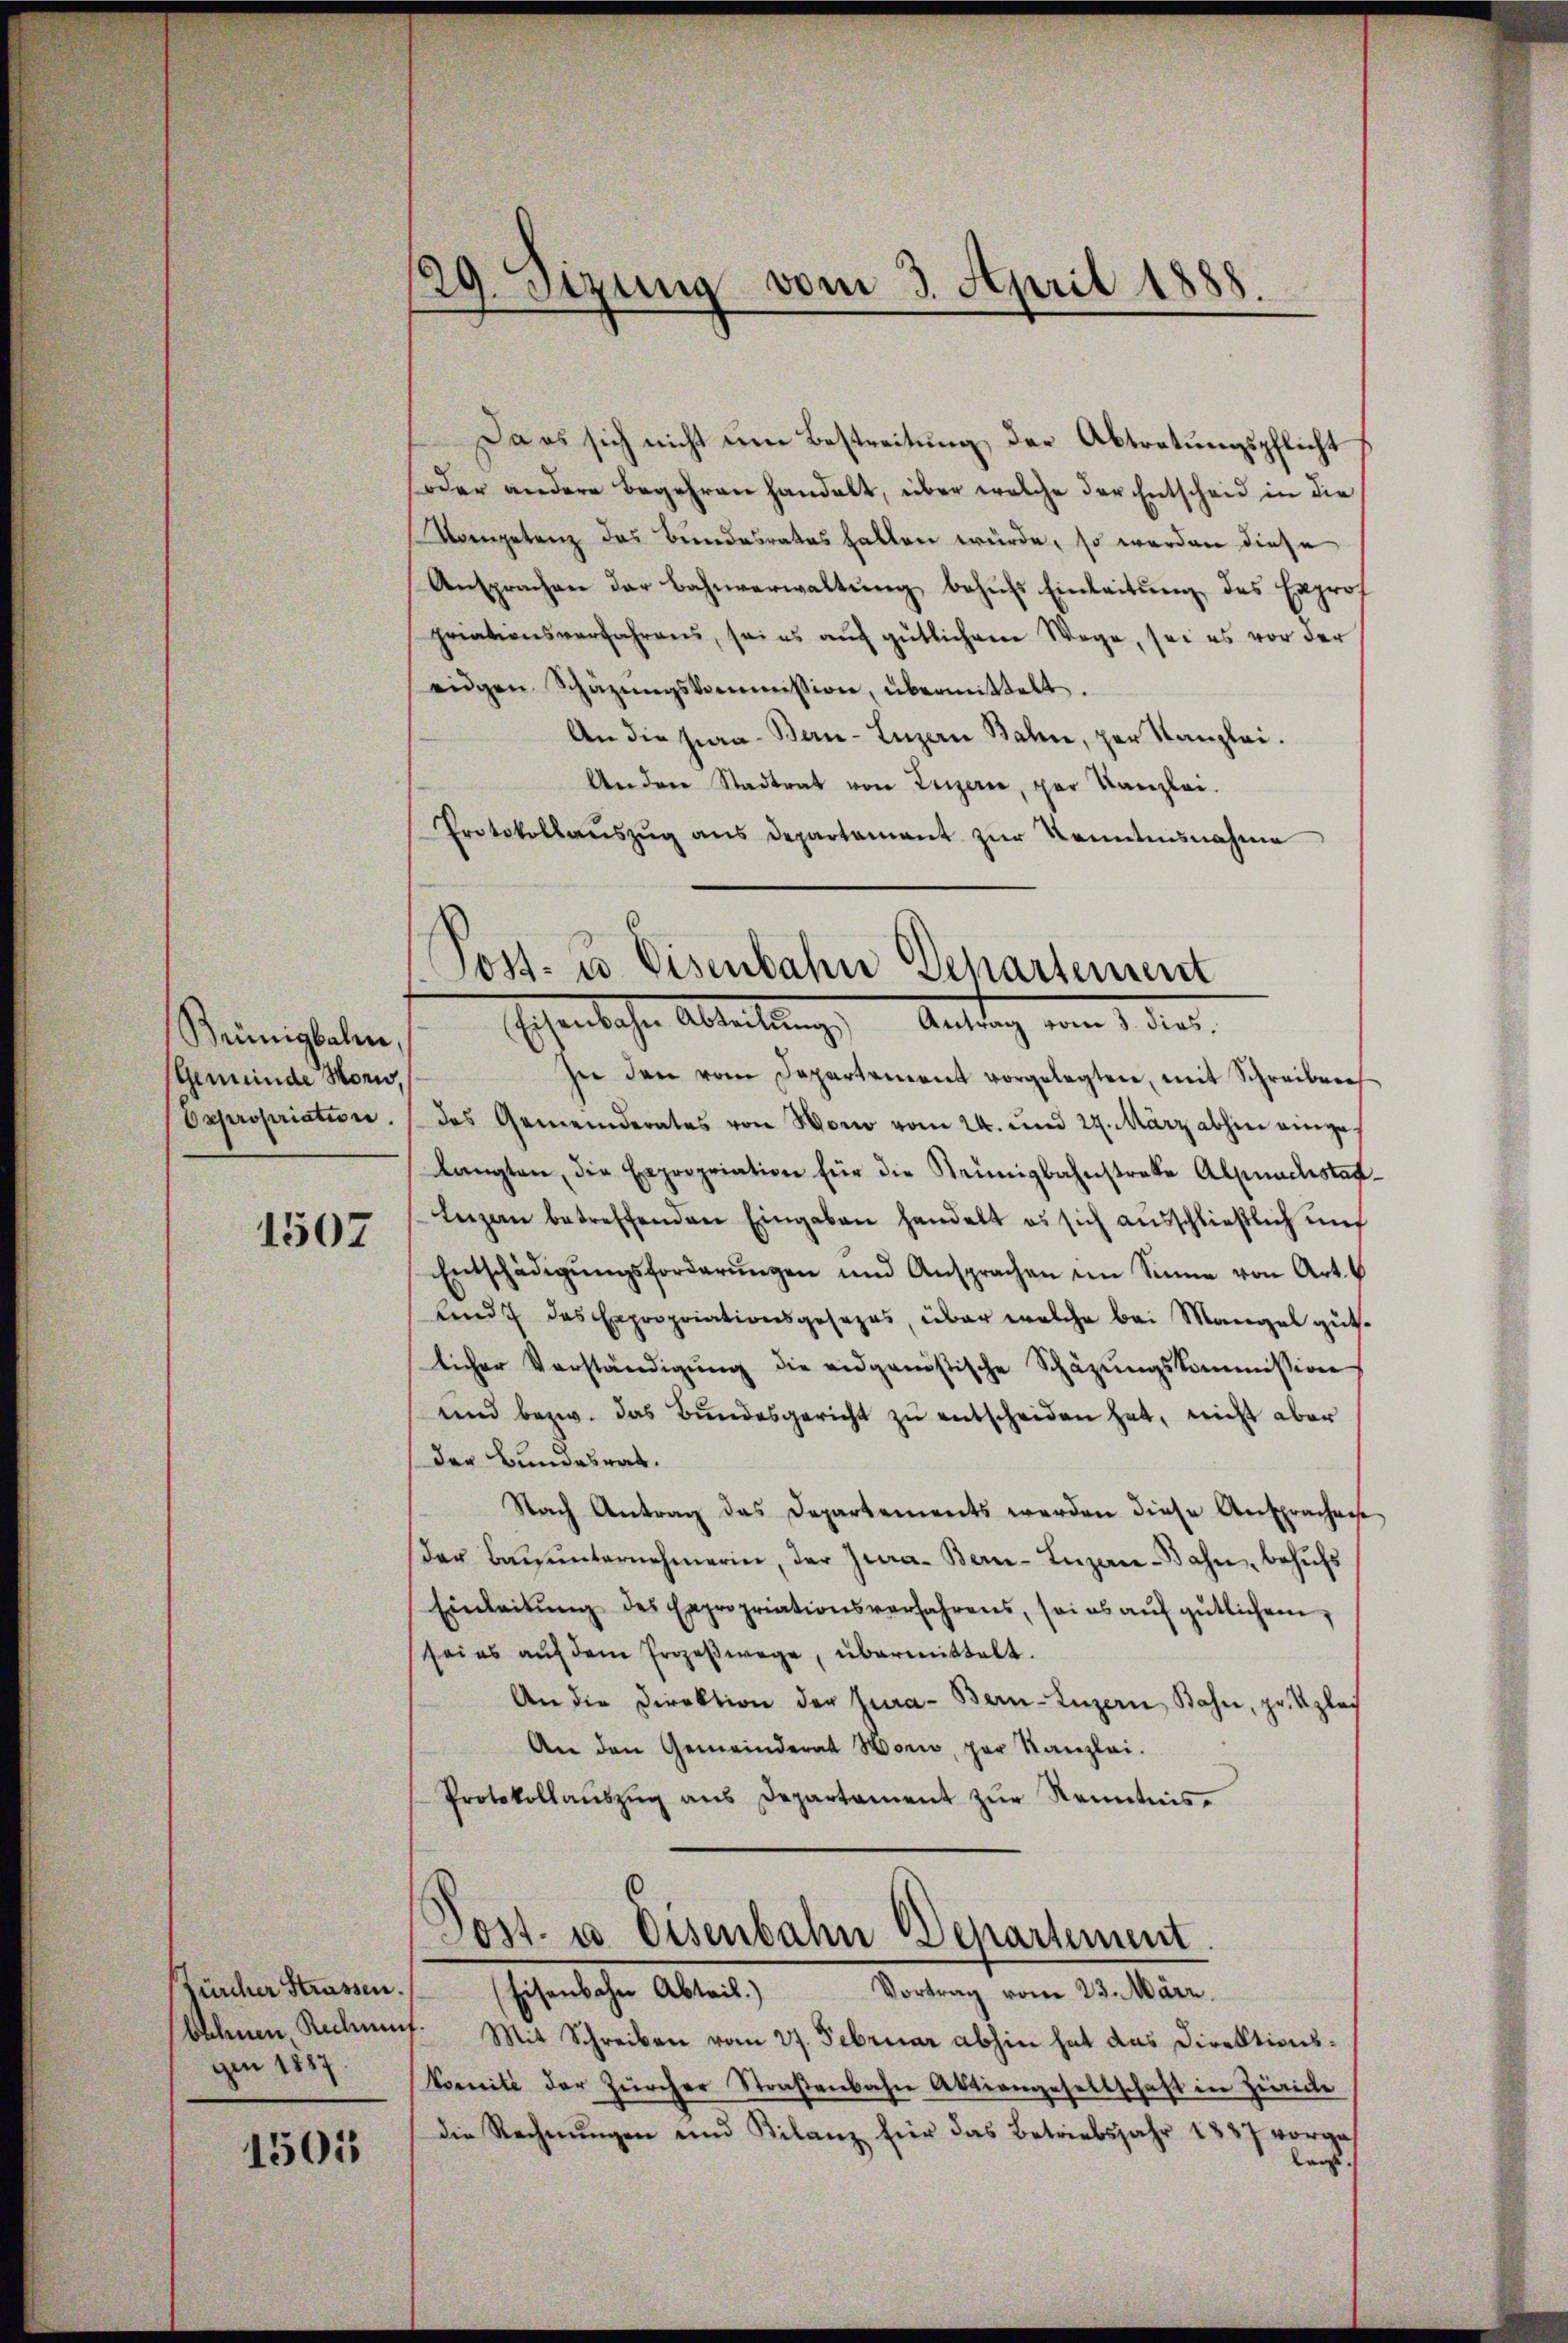
Brünigbalm
(Gemeinde Horw,

1507

fürcher Strassen.
bechenen, Rechnet.
gini 1887.

1501

20
Sizung vom 3. April 1888.

Da es sich nicht um Bestreitung der Abtretungspflicht
oder andere begehren handelt, über welche der Entscheid in die
Arenpetenz das Bundesrates halten würde, so werden diese
Ansprachen der Bahnverwaltung behufs Einleitung des Exprof
priationsverfahrens, sei es aŭf gütlichem Wege, sei es vor der
eidgen Schäzŭngskommission, übermittelt.
An die Jura Bern-Luzern Bahn, per Kanzlei.
Anden Stadtrat von Luzerne, par Kanzlei.
Protokollaŭszŭg ans Departament zŭr Kenntnisnahme

Post- & Eisenbahn Departement
Eschenbachen Abreitung, Antrach vom 1. dies
In den vom Departement vorgelegten, mit Schreiben

Dxpropriation. das Gemeinderates von Hono vom 24. und 27. März abhin einges
langten, die Expropriation für die Neunigbahnstrake Alpnachstag-
Luzern betreffenden Eingaben handelt es sich aŭsschlieβlich unf
Entschädigŭngsforderŭngen und Ansprachen im Sinne von Art.
lind das Expropriationsgesezes, über welche bei Mangel gütlicher Verständigŭng die eidganistische Schäzŭngskommission
und bezw. das Bundesgericht zu entscheiden hat, nicht aber
der Bundesrat.
Nach Antrag das Departements werden diese Ansprachens
der Baŭŭnternehmerin, der Jura. Bern-Luzerne-Bahn, behŭfs
Einleitŭng des Expropriationsverfahrens, sei es aŭf gütlichem
seies aŭf dem Prozeβwege, übermittelt.
An die Direktion der Jura - Bern-Luzern, Bahn, pr. Uzlei
An den Gemeinderat Horw, par Kanzlei.
Protokollaŭszŭg aŭs Departament zŭr Kenntnis.

Post- u Eisenbahn Departement.
Vortrag vom 23. März.
shöhenlichen Alter

Mit Schreiben vom 27. Februar abhin hat das Direktionskomite der Zürcher Straβenbahn Aktiengesellschaft in Zürich
die Rechnŭngen und Kilanz für das Betriebsjahr 1837 vorges
lag.